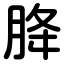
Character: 胮